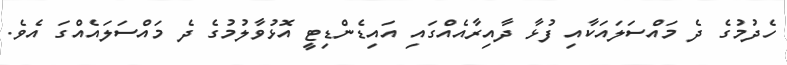
ހެދުމުގެ ދެ މައްސަލައަކާއި ފުޅާ ދާއިރާއެއްގައި އައިޑެންޑިޓީ އޮޅުވާލުމުގެ ދެ މައްސަލައެއްގަ އެވެ.